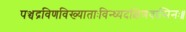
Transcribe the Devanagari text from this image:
पञ्चद्रविणविख्याताःविन्ध्यदक्षिणवासिनः॥